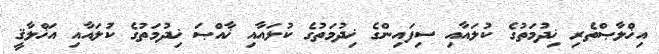
އިޚްލާޞްތެރި ޚިދުމަތުގެ ކުލައާއި ސިފައިންގެ ޚިދުމަތުގެ ކުލައާއި ޚާއްޞަ ޚިދުމަތުގެ ކުލައާއި އަޚްލާޤީ